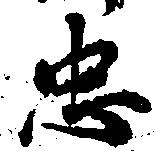
忠